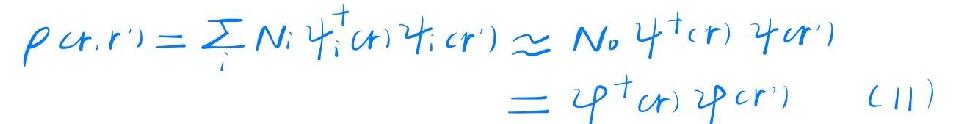
\begin{align*}
\rho(\boldsymbol{r},\boldsymbol{r}')=\sum_{i}N_{i}\psi_{i}^{+}(\boldsymbol{r})\psi_{i}(\boldsymbol{r}')&\approx N_{0}\psi^{+}(\boldsymbol{r})\psi(\boldsymbol{r}')\\
&=\varphi^{+}(\boldsymbol{r})\varphi(\boldsymbol{r}')\quad(11)
\end{align*}